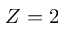
Z = 2